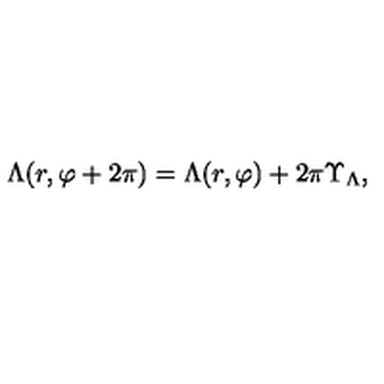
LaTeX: \Lambda ( r , \varphi + 2 \pi ) = \Lambda ( r , \varphi ) + 2 \pi \Upsilon _ { \Lambda } ,